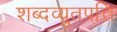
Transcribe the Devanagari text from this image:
शब्दव्युतपत्ति